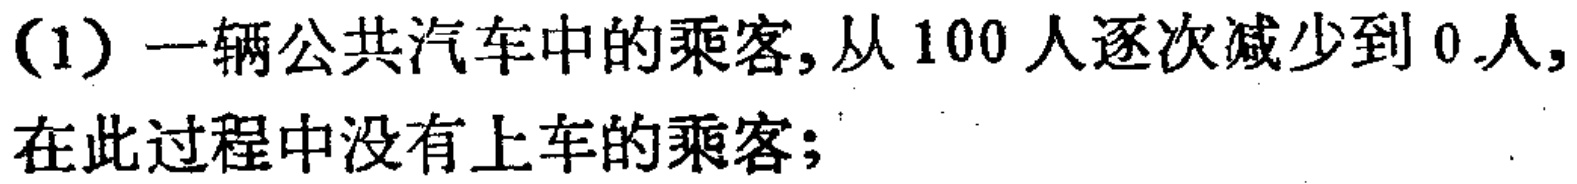
(1) 一辆公共汽车中的乘客,从 100 人逐次减少到 0 人,在此过程中没有上车的乘客;